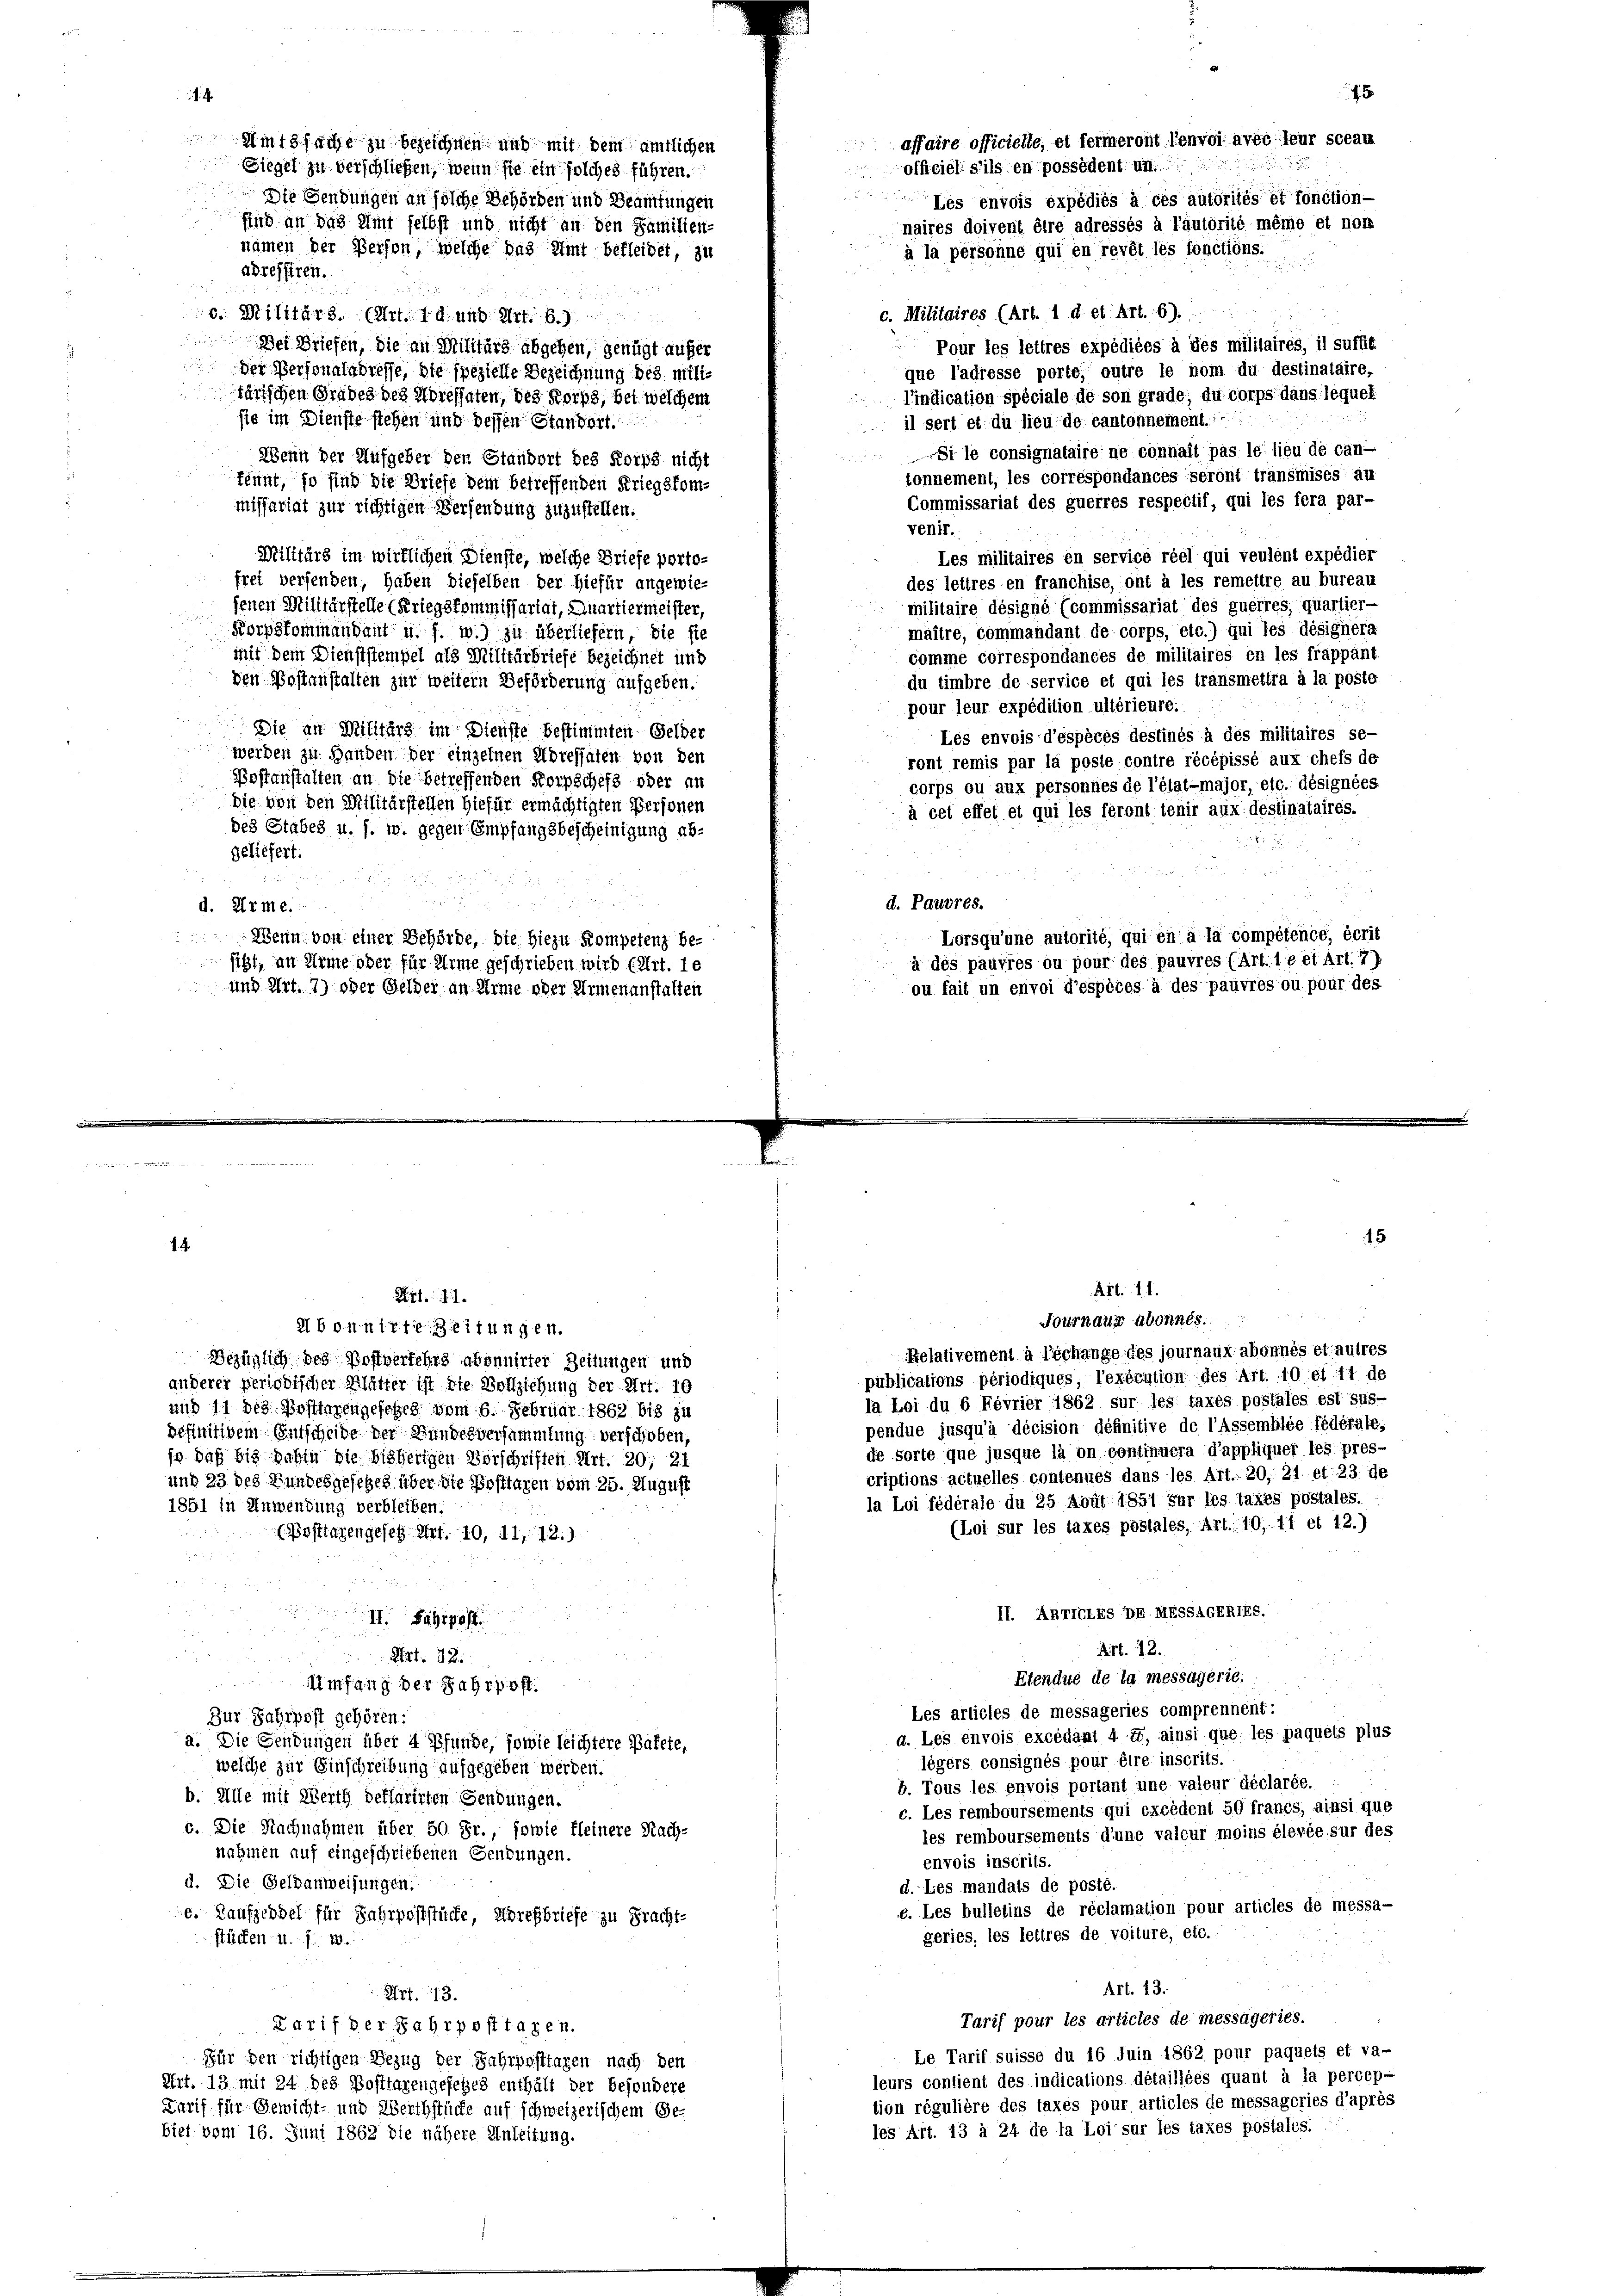
Am18sache zu bezeichnen und mit dem amtlichen
Siegel zu verschließen, wenn sie ein solches führen.
Die Sendungen an solche Behörden und Beamtungen

14.

affaire officielle, et fermeront lenvoi avec leur sccau
officiel s’ils en possédent un
d

Les envois expédiés à ces autorités et fonction-
sind an das Amt selbst und nicht an den Familien-
naires doivent être adressés à l’autorité même et non
nämen der Person, welche das Amt befleidet, zu
à la personne qui en revêt les fonctions.
adressiren.
c. Militaires (Art. 1 d. et Art. 6).
c. Militärs. (Art. 1 d. und Art. 6.
zer
Pour les lettres expédiées à des militaires, il suffit
Der Briefen, die an Militärs abgehen, genügt aufer
der Personalgbresse, die spezielle Bezeichnung des milique l’adresse porte, outre le nom du destinataire,
l’indication spéciale de son grade; du corps dans lequet
tärischen Grades des Höressaten, des Korps, bei welchem
sie im Dienste stehen und dessen Standert.
il sert et du lieu de cantonnement.
Si le consignataire ne connaît pas le lieu de can-
Wenn der Aufgeber den Standort des Korps nicht
tonnement, les correspondances seront transmises au
kennt, so sind die Briefe dem betreffenden Kriegskom¬
Commissariat des guerres respectif, qui les fera par-
missariat zur richtigen Versendung zuzustellen.
venir.
Les militaires en service réel qui veulent expédier
Militärs im wirklichen Dienste, welche Briefe porto-
des lettres en franchise, ont à les remettre au bureau
frei versenden, haben dieselben der hiefür angewie-
militaire désigné (commissariat des guerres, quartier-
fenen Militärstelle (Kriegskommissariat, Quartiermeister,
maître, commandant de corps, etc.) qui es désignéra
Borpskommandant u. s. w.) zu überliefern, die sie
komme correspondances de militaires en les frappant.
mit dem Dienststempel als Militärbriefe bezeichnet und
du timbre de service et qui les transmettra à la poste
den Postanstalten zur weitern Beförderung aufgeben.
pour leur expédition ultérieure.
Die an Militärs im Dienste bestimmten Gelder
Les envois d’espèces destinés à des militaires se-
werden zu Handen der einzelnen Adressaten von den
ront remis par la poste contre récépissé aux chefs de
Postanstalten an die betreffenden Korpschefs oder an
corps ou aux personnes de l’élat-major, etc. désignées
die von den Militärstellen hiefür ermächtigten Personen
à cet effet et qui les feront tenir aux destinataires.
des Stabes u. s. w. gegen Empfangsbescheinigung ab-
geliefert.
25
d. Pauvres.
d. Arme.

Lorsqu’une autorité, qui en à la compétence, écrit
Wenn von einer Behörde, die hiezu Kompetenz be-
à des pauvres ou pour des pauvres (Art. 1 e et Art. 7)
siht, an Arme ober für Arme geschrieben wird (Art. le
ou fait un envoi d’espèces à des pauvres ou pour des
und Art. 7) oder Gelder an Arme oder Armenanstalten

Relativement à l’échange des journaux abonnés et autres
Bezüglich des Postverfehrs abonnirter Zeitungen und
publications périodiques, l’exécution des Art. 10 et 11 de
anderer periodischer Blätter ist die Vollziehung der Art. 10
la Loi du 6 Février 1862 sur les taxes postales est sus-
und 11 des Posttarengesetzes vom 6. Februar 1862 bis zu
pendue jusqu’à décision définitive de l’assemblée fédérale,
befinitivem Entscheide der Bundesversammlung verschoben,
de sorte que jusque la on continuera d’appliquer les pres-
jo daß bis dahin die bisherigen Vorschriften Art. 20; 21
criptions actuelles contenues dans les Art. 20, 21 et 23 de
und 23 des Bundesgesetzes über die Posttaren vom 25. August
la Loi fédérale du 25 Abut 1851 für les taxes postales.
1851 in Anwendung verbleiben.
(Loi sur les taxes postales, Art. 10, 11 et 12.)
(Posttagengesetz Art. 10, 11, 12.)
II. ARTTELES DR. MESSAGERIES.
o

Art. 12.
F
3
Art. 32.
Etendue de la messagerie.
Umfang der Jahrpost.
Les articles de messageries comprennent:
Zur Fahrpost gehören:
d. Les envois excédant 4 ff, ainsi que les paquets plus
a. Die Gendungen über 4 Pfunde, sowie leichtere Pakete,
lègers consignés pour être inscrits.
welche zur Einschreibung aufgegeben werden.
b. Tous les envois portant une valeur déclarée.
b. Alle mit Werth deflarirten Gendungen.
c. Les remboursements qui excédent 50 francs, ainsi que
c. Die Nachnahmen über 50 Fr., sowie fleinere Nach-
les remboursements d’une valeur moins élevée sur des
nahmen auf eingeschriebenen Senkungen.
envois inscrits.
d. Die Geldanweisungen.
d. Les mandats de posté.
e. Les bulletins de réclamation pour articles de messa-
e. Kaufzeddel für Jahrpoststücke, Wörefbriefe zu Pracht-
geries, les lettres de voiture, etc.
stücken u. s. w.
Art. 13.
Art. 73.
Tarif pour les articles de messägeries.
Tarif der Fahrposttagen.
Le Tarif suisse du 16 Juin 1862 pour paquets et va-
Für den richtigen Bezug der Fahrposttagen nach den
leurs contient des indications détaillées quant à la percep-
Art. 13 mit 24 des Posttagengefeßes enthält der besondere
tion régulière des taxes pour articles de messageries d’après
Tarif für Gewicht- und Werthstücke auf schweizerischem Ge-
les Art. 13 à 24 de la Loi sur les taxes postales.
biet vom 16. Juni 1862 die nähere Anleitung.

Art. 1.
Abonnirte Zeitungen.

Art. 11.
Fournaux abonnés.

1

15